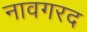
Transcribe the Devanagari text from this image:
नावगरद